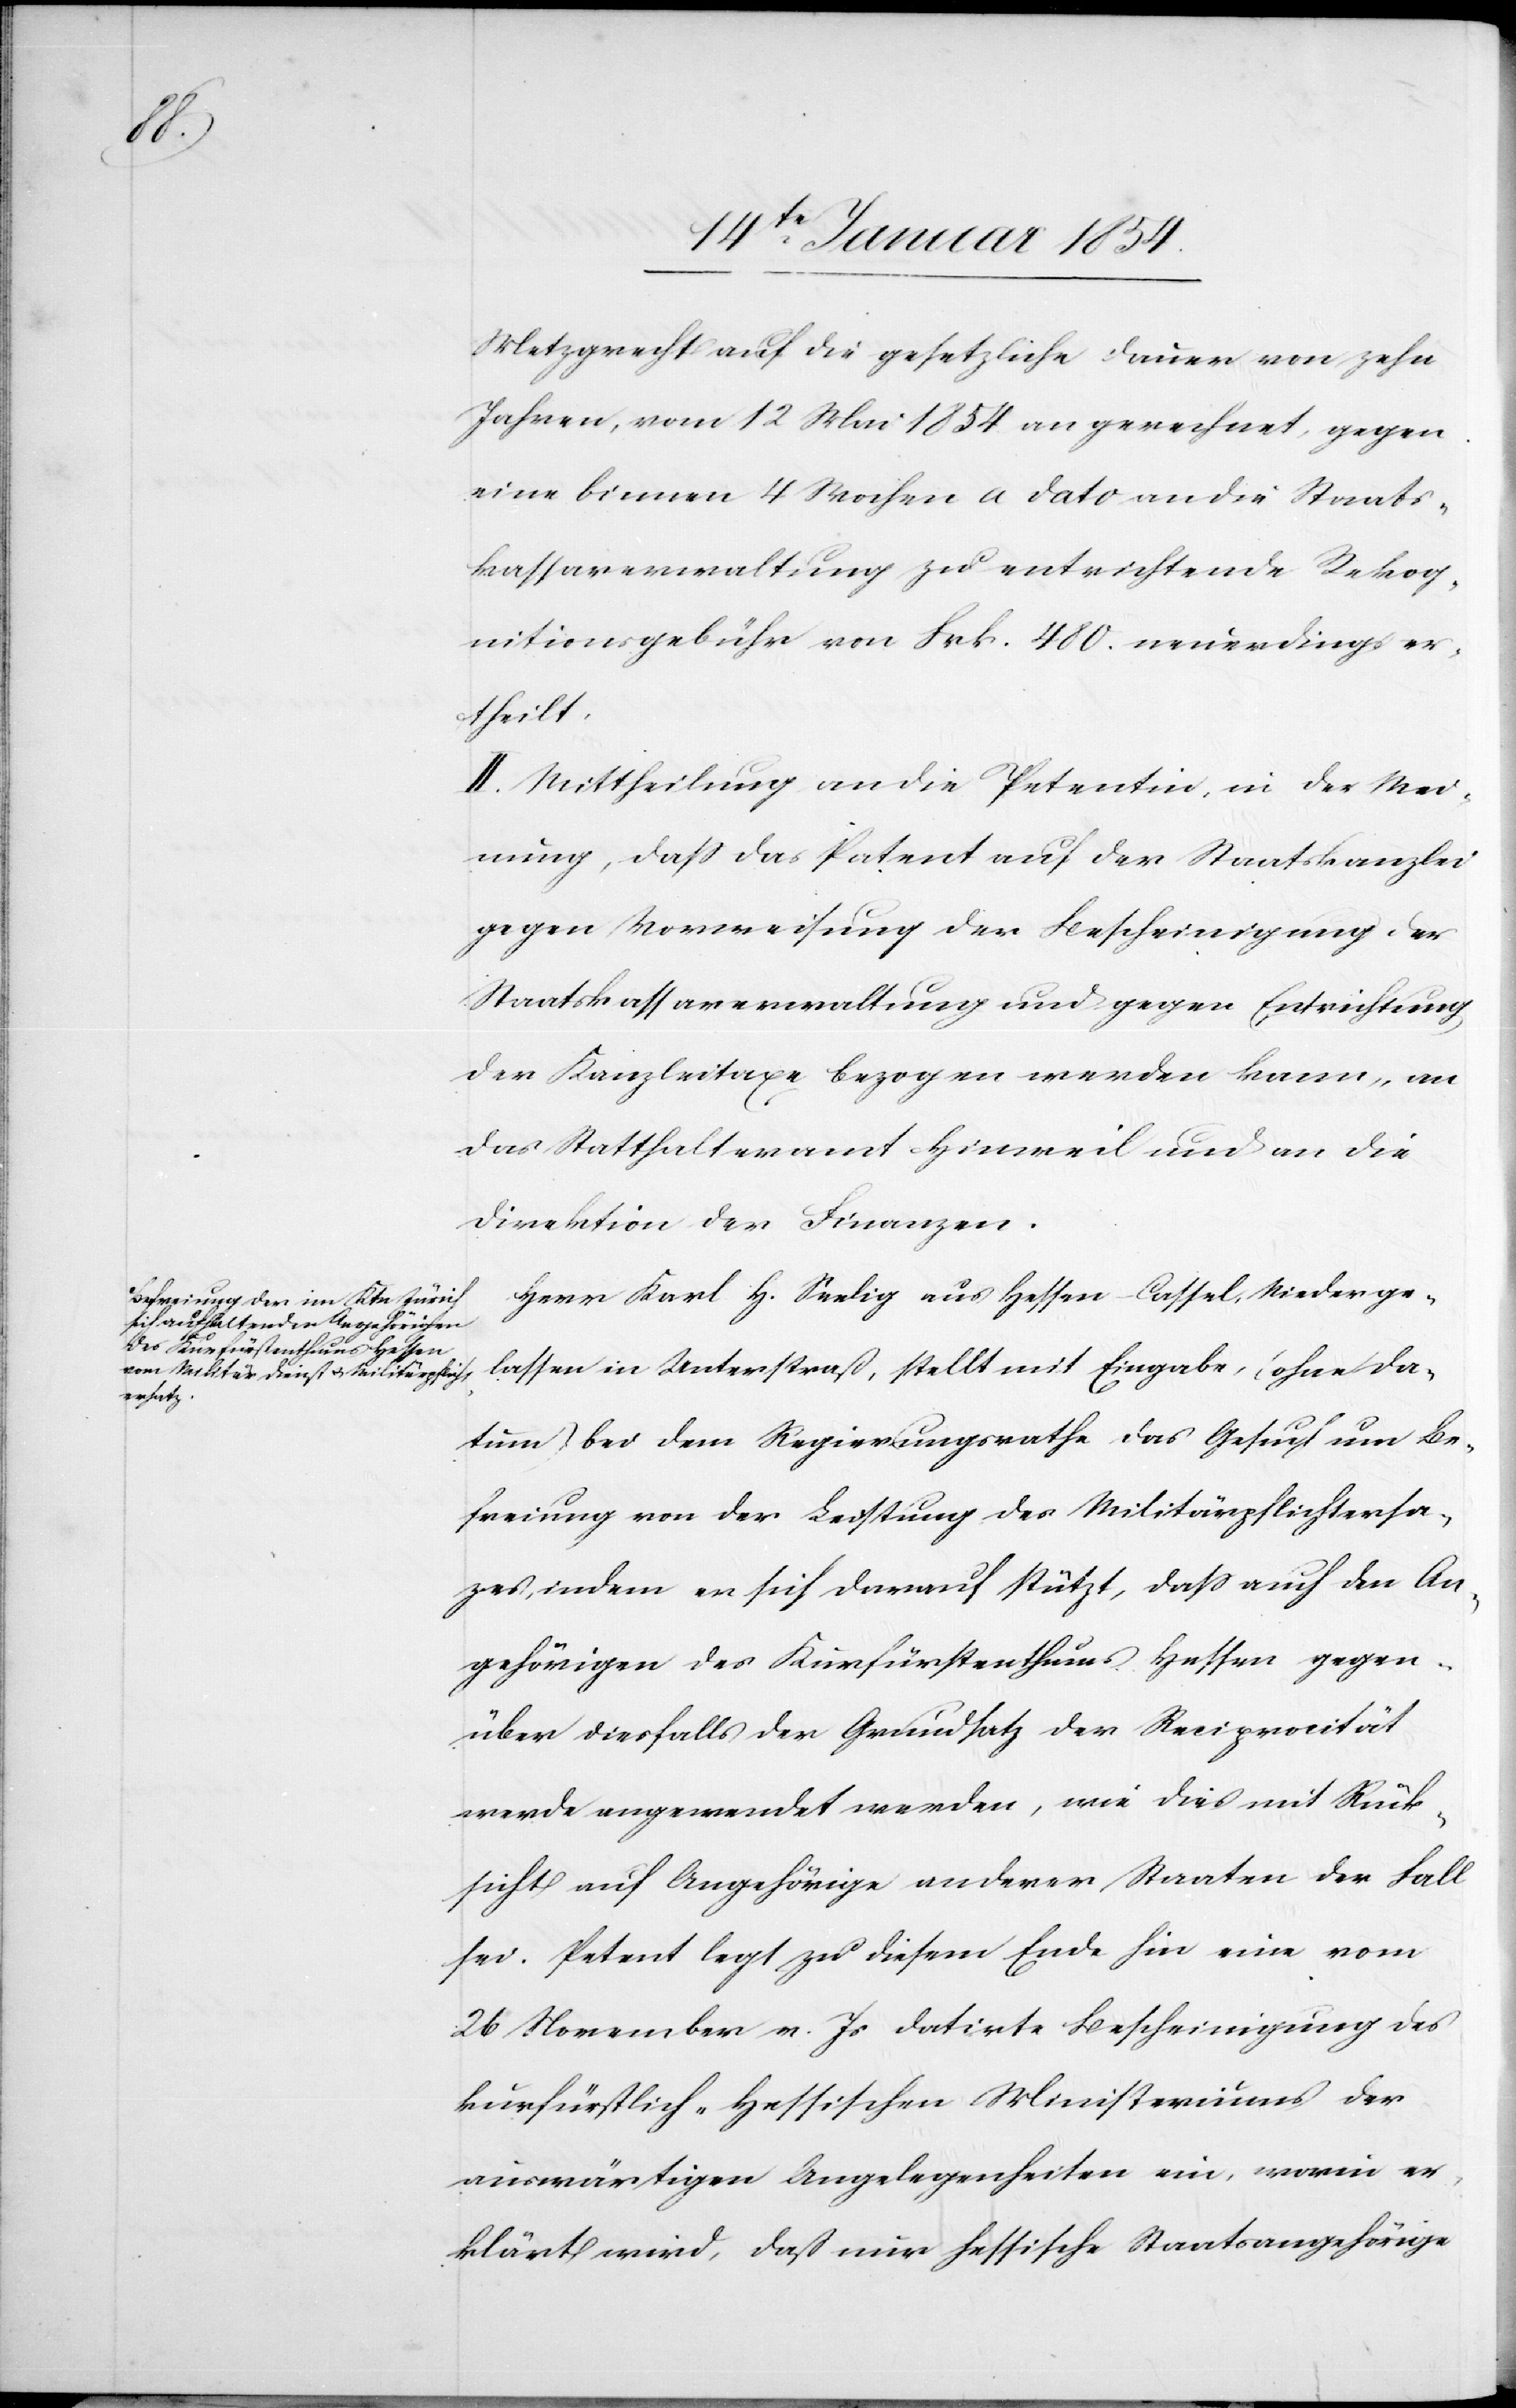
Metzgrecht auf die gesetzliche Dauer von zehn
Jahren, vom 12 Mai 1854 an gerechnet, gegen
eine binnen 4 Wochen a dato an die Staats¬
kassaverwaltung zu entrichtende Rekog¬
nitionsgebühr von Frk. 480. neuerdings er¬
theilt.
II. Mittheilung an die Petentin, in der Mei¬
nung, daß das Patent auf der Staatskanzlei
gegen Vorweisung der Bescheinigung der
Staatskassaverwaltung und gegen Entrichtung
der Kanzleitaxe bezogen werden kann, an
das Statthalteramt Hinweil und an die
Direktion der Finanzen.
Herr Karl H. Seelig aus Hessen-Cassel, Niederge¬
lassen in Unterstraß, stellt mit Eingabe, (ohne Da¬
tum) bei dem Regierungsrath das Gesuch um Be¬
freiung von der Leistung des Militärpflichtersat¬
zes, indem er sich darauf stützt, daß auch den An¬
gehörigen des Kurfürstenthums Hessen gegen¬
über diesfalls der Grundsatz der Reciprocität
werde angewandt werden, wie dies mit Rück¬
sicht auf Angehörige anderer Staaten der Fall
sei. Petent legt zu diesem Ende hin eine vom
26 November v. Js datirte Bescheinigung des
kurfürstlich-hessischen Ministeriums der
auswärtigen Angelegenheiten ein, worin er¬
klärt wird, daß nur hessische Staatsangehörige